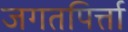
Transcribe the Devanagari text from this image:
जगतपिर्त्ता